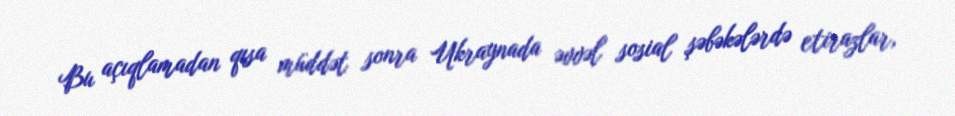
Bu açıqlamadan qısa müddət sonra Ukraynada əvvəl sosial şəbəkələrdə etirazlar,